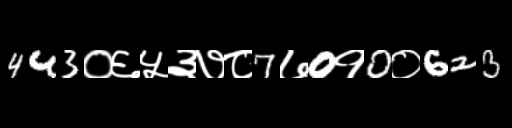
Text: 443०६५३७८7७0१0०623